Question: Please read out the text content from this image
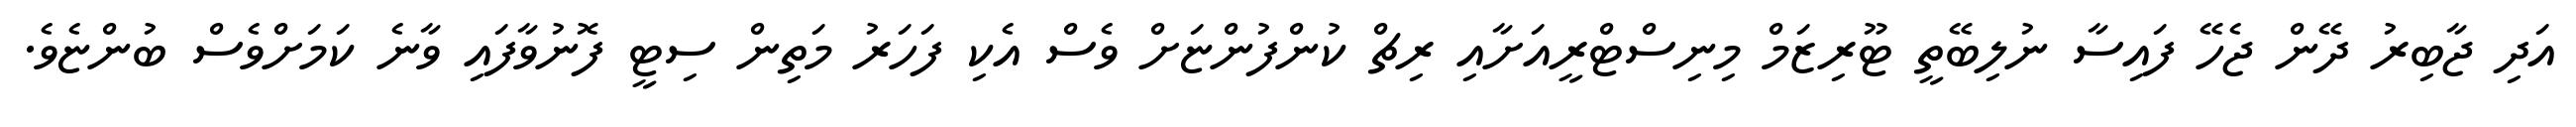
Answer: އަދި ޖާބިރު ދޭން ޖެހޭ ފައިސާ ނުލިބޭތީ ޓޫރިޒަމް މިނިސްޓްރީއަށާއި ރިޗް ކުންފުންޏަށް ވެސް އެކި ފަހަރު މަތިން ސިޓީ ފޮނުވާފައި ވާނެ ކަމަށްވެސް ބުންޏެވެ.